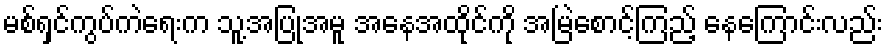
မစ်ရှင်ကွပ်ကဲရေးက သူ့အပြုအမူ အနေအထိုင်ကို အမြဲစောင့်ကြည့် နေကြောင်းလည်း